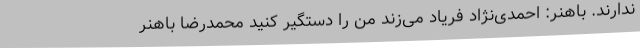
ندارند. باهنر: احمدی‌نژاد فریاد می‌زند من را دستگیر کنید محمدرضا باهنر